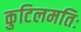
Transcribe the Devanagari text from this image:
कुटिलमतिः